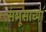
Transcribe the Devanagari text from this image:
संभूसाच्या